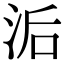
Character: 洉